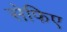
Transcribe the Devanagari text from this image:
सेफिए